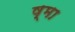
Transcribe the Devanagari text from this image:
ष्मा